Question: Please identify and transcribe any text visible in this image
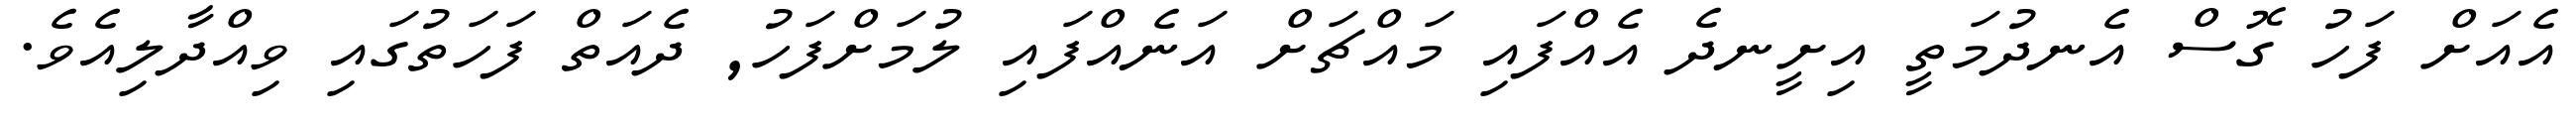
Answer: އެއަށް ފަހު ގޮސް އެނދުމަތީ އިށީނދެ އެއްފައި މައްޗަށް އަނެއްފައި ލުމަށްފަހު, ދެއަތް ފަހަތުގައި ވިއްދާލިއެވެ.